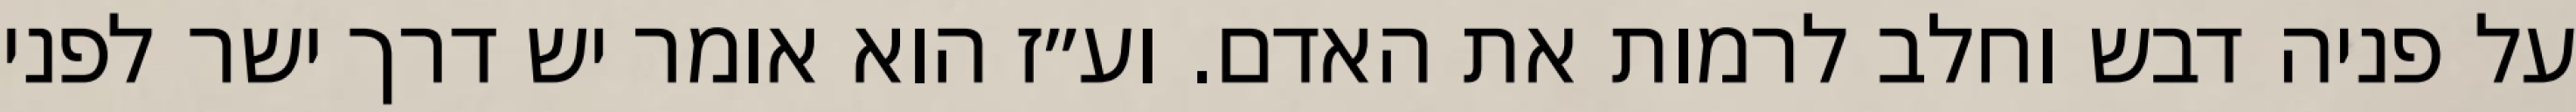
על פניה דבש וחלב לרמות את האדם. וע״ז הוא אומר יש דרך ישר לפני